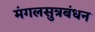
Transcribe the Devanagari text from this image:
मंगलसुत्रबंधन